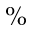
\%